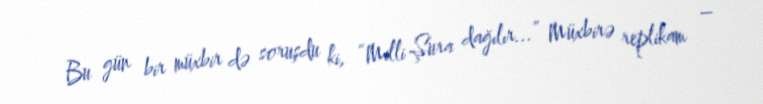
Bu gün bir müxbir də soruşdu ki, “Milli Şura dağılır...” Müxbirə replikam –